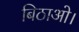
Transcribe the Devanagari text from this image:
बिठाओ।